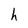
Character: h